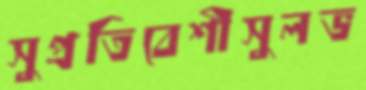
সুপ্রতিবেশীসুলভ